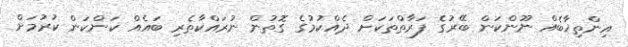
އިންތިޚާބެއް ނޫންކަން ބޭރުގެ ފަރާތްތަކަށް ދެއްކުމުގެ ގޮތުން ނުރައްކާތެރި ބައެއް ކަންކަން ކުރުމަށް